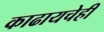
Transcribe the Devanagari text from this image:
काढायचेही